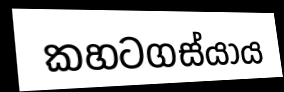
කහටගස්යාය